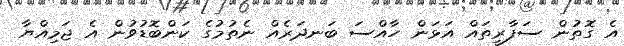
އެ ގޮތުން ސަފާރީތައް އަޅަން ހާއްސަ ބަނދަރެއް ނެތުމުގެ ކަންބޮޑުވުން އެ ޖަމިއްޔާ